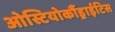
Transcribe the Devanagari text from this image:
ओस्टियोकौंड्राईटिस